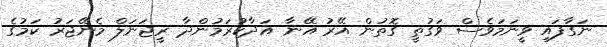
ނަގާފައި ވީނަމަވެސް ވަގުތީ ގޮތުން އޭރު އޭނާ އަދާކުރަމުންދާ ރީޖަނަލް މެނޭޖަރު ކަމުގެ